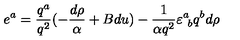
e ^ { a } = { \frac { q ^ { a } } { q ^ { 2 } } } ( - { \frac { d \rho } { \alpha } } + B d u ) - { \frac { 1 } { \alpha q ^ { 2 } } } \varepsilon _ { \ b } ^ { a } q ^ { b } d \rho